画像に写った文字を読んでください
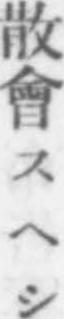
「散會スヘシ」と書いてあります